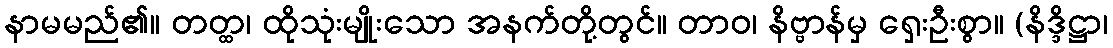
နာမမည်၏။ တတ္ထ၊ ထိုသုံးမျိုးသော အနက်တို့တွင်။ တာဝ၊ နိဗ္ဗာန်မှ ရှေးဦးစွာ။ (နိဒ္ဒိဋ္ဌာ၊